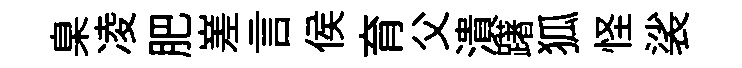
臬凌肥嵳言侯育父潰躇狐怪裟